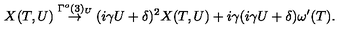
X ( T , U ) \stackrel { \Gamma ^ { o } ( 3 ) _ { U } } { \rightarrow } ( i \gamma U + \delta ) ^ { 2 } X ( T , U ) + i \gamma ( i \gamma U + \delta ) \omega ^ { \prime } ( T ) .